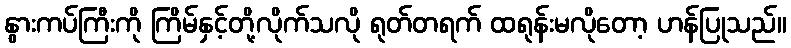
နွားကပ်ကြီးကို ကြိမ်နှင့်တို့လိုက်သလို ရုတ်တရက် ထရုန်းမလိုတော့ ဟန်ပြုသည်။